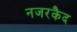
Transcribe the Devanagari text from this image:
नजरकैद